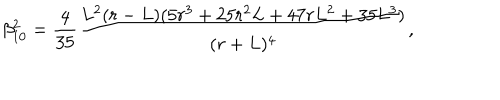
LaTeX: \beta _ { 1 0 } ^ { 2 } = \frac { 4 } { 3 5 } \frac { L ^ { 2 } ( r - L ) ( 5 r ^ { 3 } + 2 5 r ^ { 2 } L + 4 7 r L ^ { 2 } + 3 5 L ^ { 3 } ) } { ( r + L ) ^ { 4 } } ,